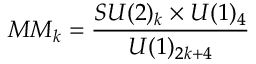
M M _ { k } = \frac { S U ( 2 ) _ { k } \times U ( 1 ) _ { 4 } } { U ( 1 ) _ { 2 k + 4 } }